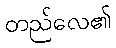
တည်လေ၏